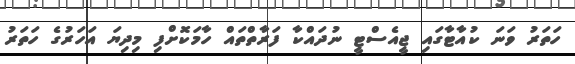
ހަތަރު ވަނަ ކުއާޓާގައި ޖީއެސްޓީ ނުދައްކާ ފަރާތްތައް ހާމަކޮށްފި މިދިޔަ އަހަރުގެ ހަތަރު